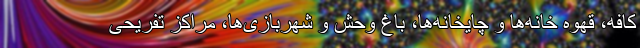
کافه، قهوه خانه‌ها و چایخانه‌ها، باغ وحش و شهربازی‌ها، مراکز تفریحی